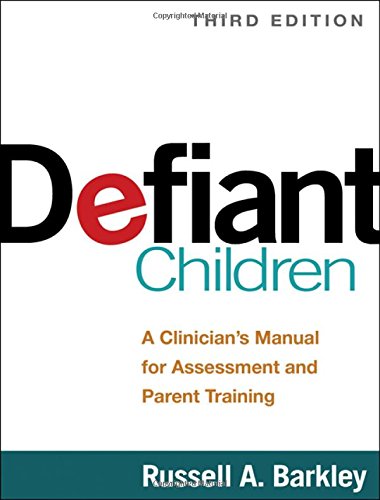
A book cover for Defiant Children, Third Edition: A Clinician's Manual for Assessment and Parent Training; Russell A. Barkley PhD  ABPP  ABCN; Medical Books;